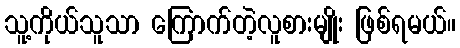
သူ့ကိုယ်သူသာ ကြောက်တဲ့လူစားမျိုး ဖြစ်ရမယ်။